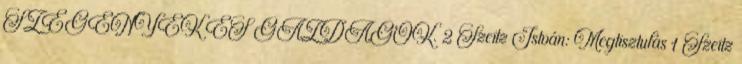
SZEGÉNYEK ÉS GAZDAGOK. 2 Szeitz István: Megtisztulás 1 Szeitz